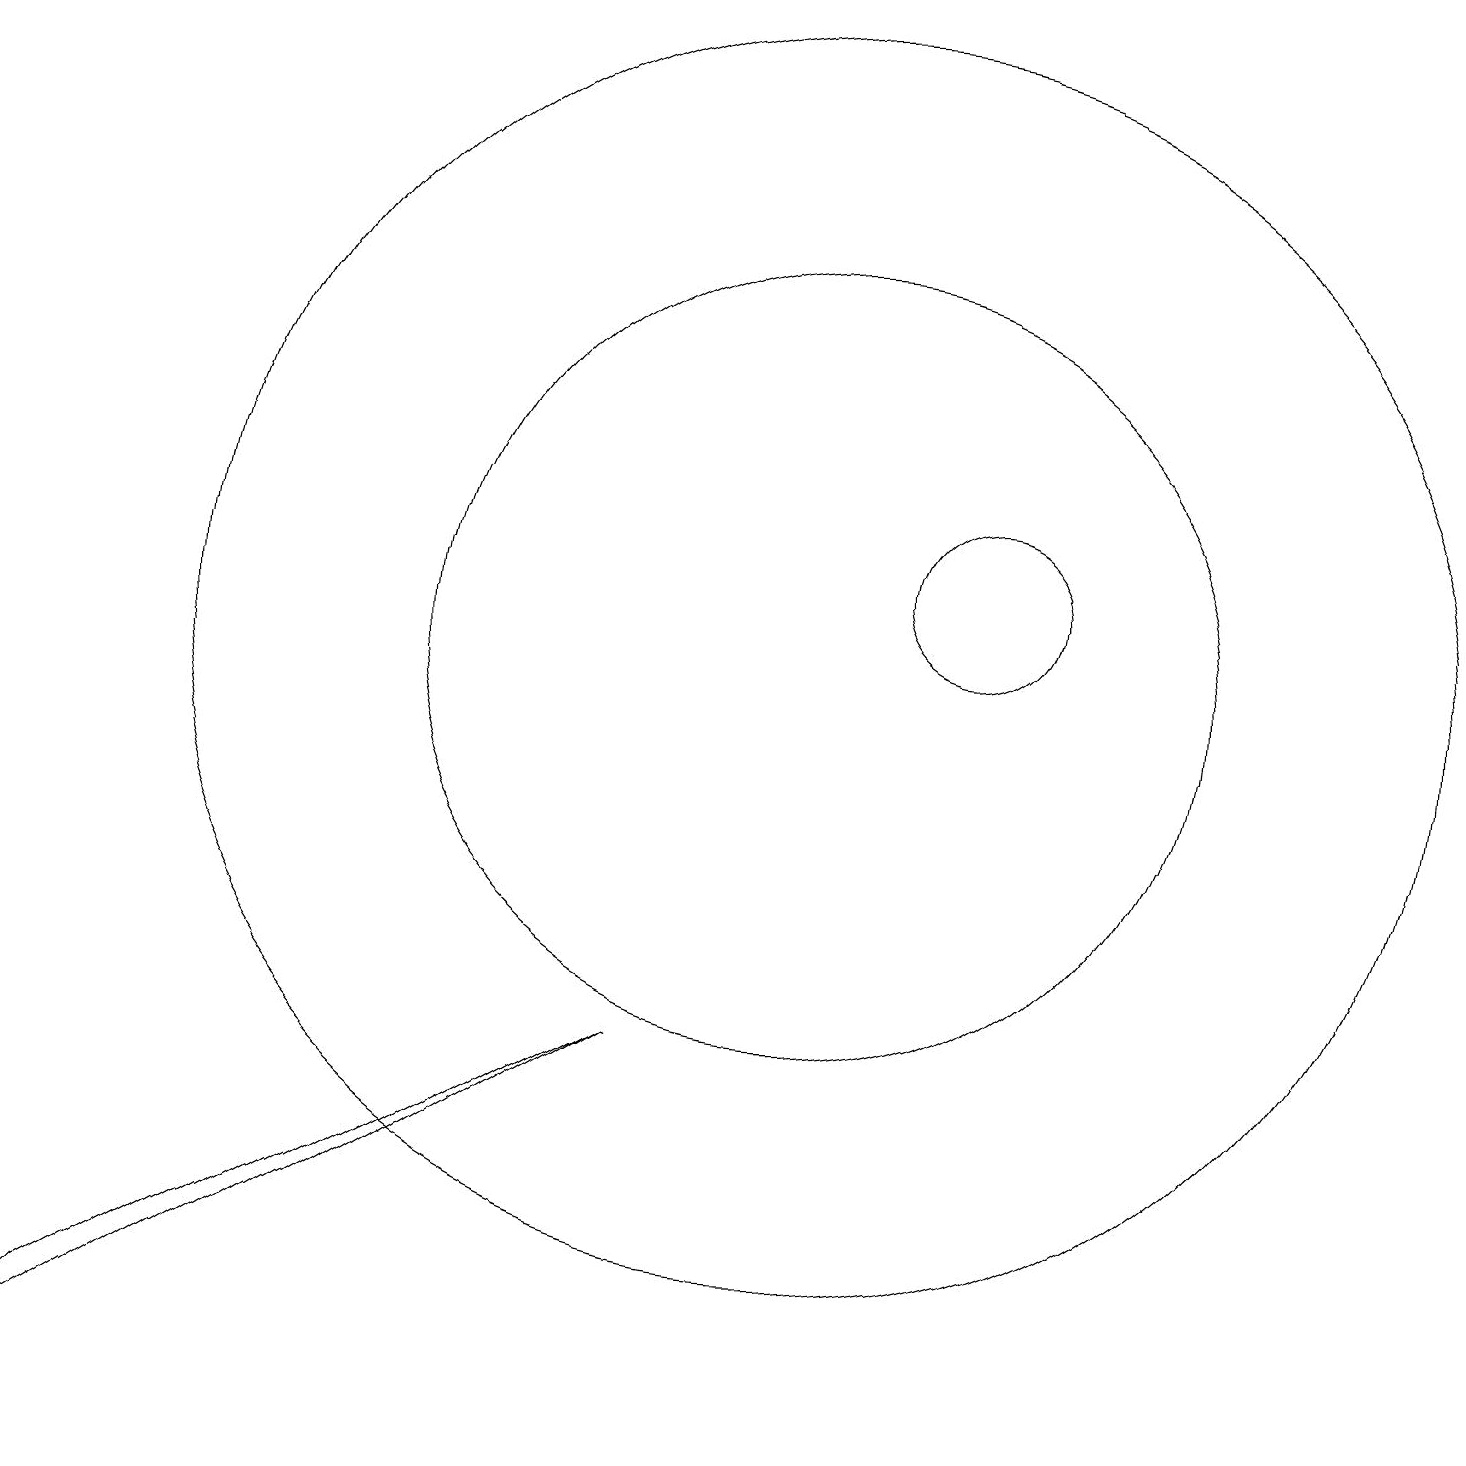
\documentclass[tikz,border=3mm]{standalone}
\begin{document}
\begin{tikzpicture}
\draw (10,10) circle (8);
\draw (12,11) circle (1);
\draw (10,10) circle (5);
\draw (1,1) -- (0,0) -- (8,5) -- cycle;
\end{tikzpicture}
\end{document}